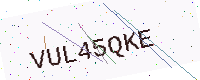
Text: VUL45QKE